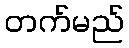
တက်မည်